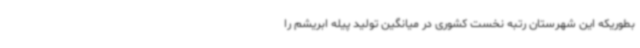
بطوریکه این شهرستان رتبه نخست کشوری در میانگین تولید پیله ابریشم را